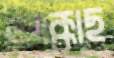
আক্কাছ